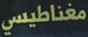
مغناطيسي